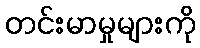
တင်းမာမှုများကို